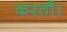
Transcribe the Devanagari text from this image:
करतौ।